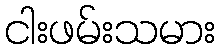
ငါးဖမ်းသမား